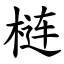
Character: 梿